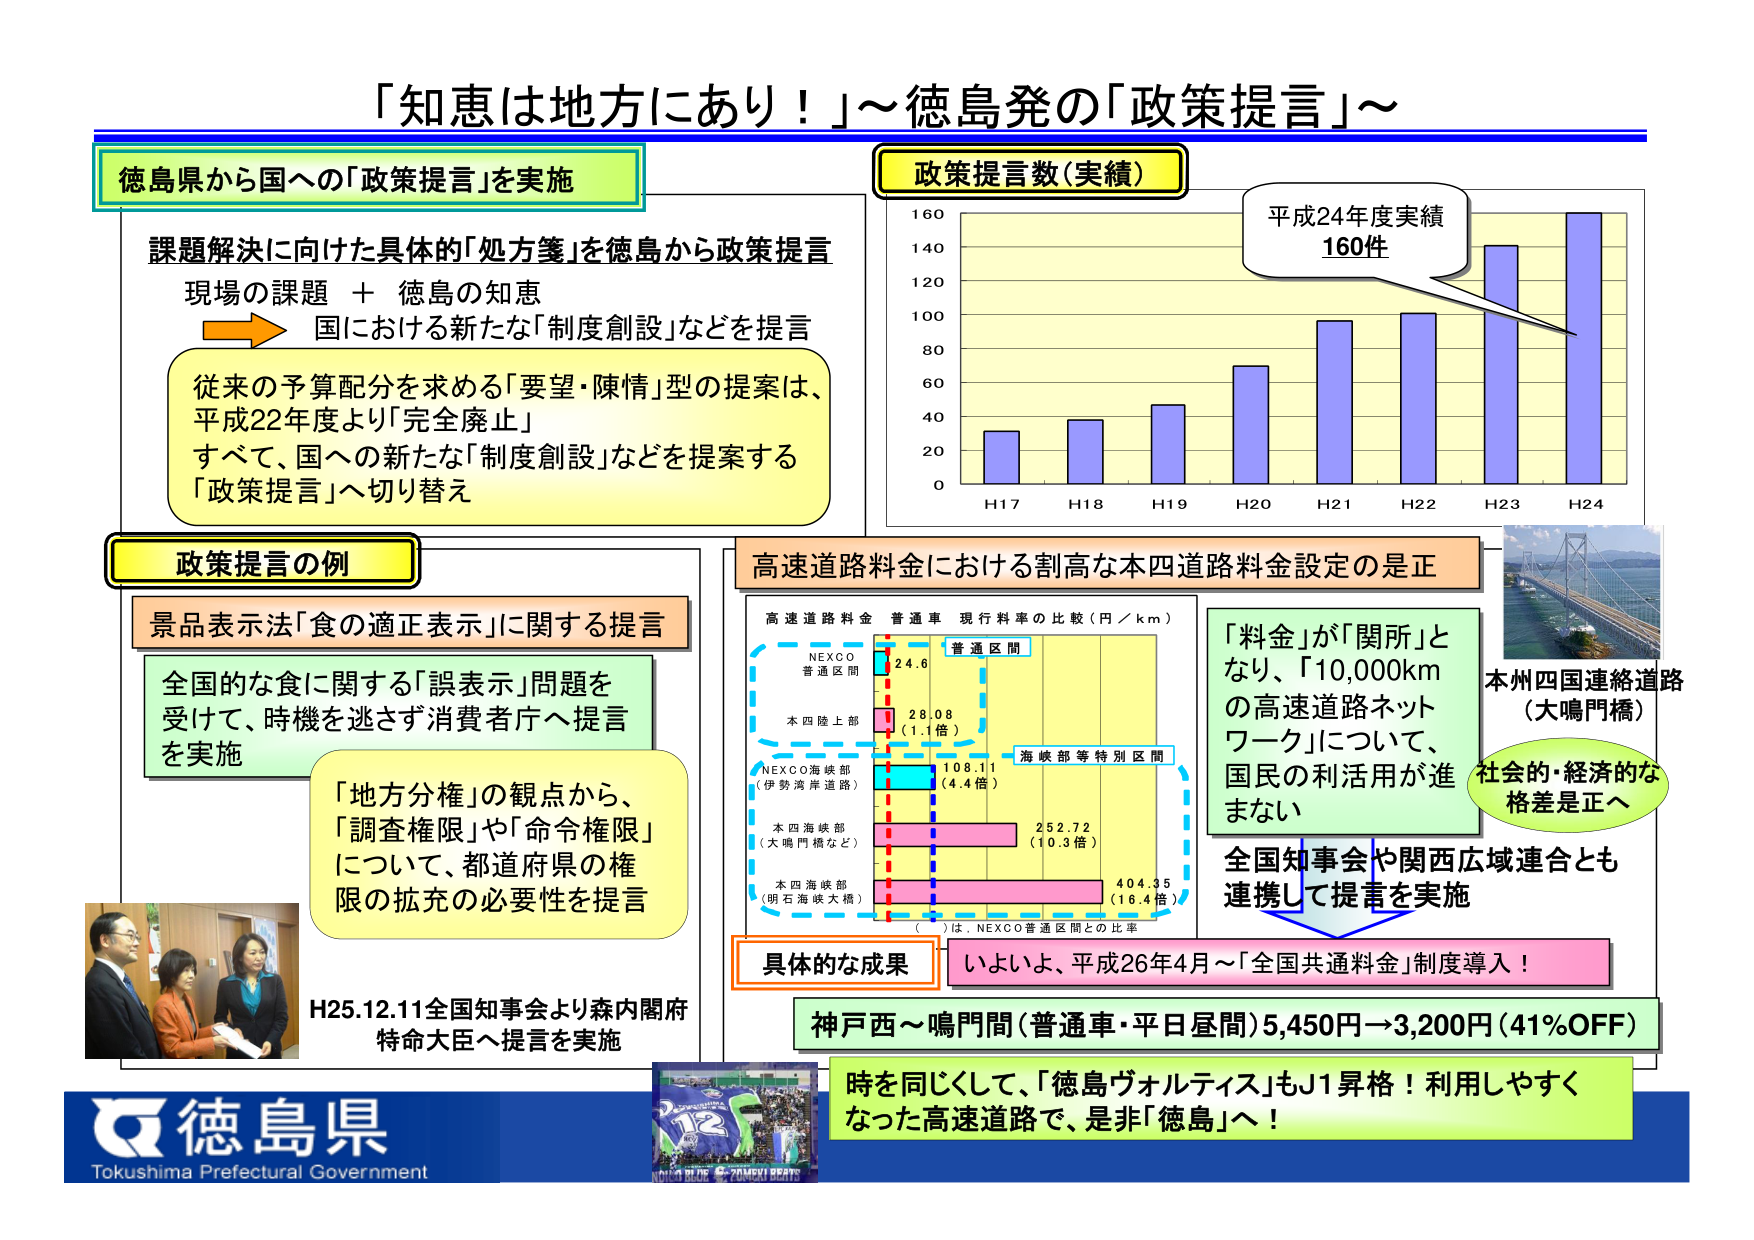
「知恵は地方にあり！」～徳島発の「政策提言」～

徳島県から国への「政策提言」を実施

課題解決に向けた具体的「処方箋」を徳島から政策提言
現場の課題 ＋ 徳島の知恵
→ 国における新たな「制度創設」などを提言

従来の予算配分を求める「要望・陳情」型の提案は、
平成22年度より「完全廃止」
すべて、国への新たな「制度創設」などを提案する
「政策提言」へ切り替え

政策提言数（実績）
平成24年度実績
160件
H17 H18 H19 H20 H21 H22 H23 H24
0 20 40 60 80 100 120 140 160

政策提言の例

景品表示法「食の適正表示」に関する提言
全国的な食に関する「誤表示」問題を
受けて、時機を逃さず消費者庁へ提言
を実施

「地方分権」の観点から、
「調査権限」や「命令権限」
について、都道府県の権
限の拡充の必要性を提言

H25.12.11全国知事会より森内閣府
特命大臣へ提言を実施

高速道路料金における割高な本四道路料金設定の是正

高速道路料金 普通車 現行料率の比較（円／km）
NEXCO
普通区間
24.6
普通区間
本四陸上部
28.08
（1.1倍）
海峡部等特別区間
NEXCO海峡部
（伊勢湾岸道路）
108.11
（4.4倍）
本四海峡部
（大鳴門橋など）
252.72
（10.3倍）
本四海峡部
（明石海峡大橋）
404.35
（16.4倍）
（ ）は、NEXCO普通区間との比率

「料金」が「関所」と
なり、「10,000km
の高速道路ネット
ワーク」について、
国民の利活用が進
まない

本州四国連絡道路
（大鳴門橋）

社会的・経済的な
格差是正へ

全国知事会や関西広域連合とも
連携して提言を実施

具体的な成果
いよいよ、平成26年4月～「全国共通料金」制度導入！

神戸西～鳴門間（普通車・平日昼間）5,450円→3,200円（41%OFF）

時を同じくして、「徳島ヴォルティス」もJ1昇格！利用しやすく
なった高速道路で、是非「徳島」へ！

徳島県
Tokushima Prefectural Government